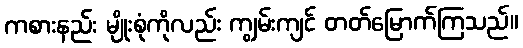
ကစားနည်း မျိုးစုံကိုလည်း ကျွမ်းကျင် တတ်မြောက်ကြသည်။